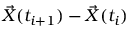
\vec { X } ( t _ { i + 1 } ) - \vec { X } ( t _ { i } )